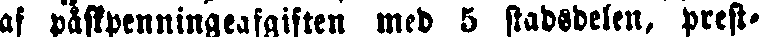
af påskpenningeafgiften med 5 stadsdelen, prest-